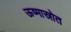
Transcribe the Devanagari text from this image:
ऊष्मास्रोत